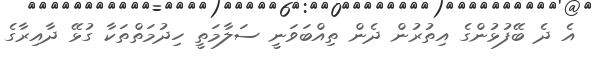
އެ ދެ ބޭފުޅުންގެ އިތުރުން ދެން ތިއްބަވަނީ ސަލާމަތީ ހިދުމަތްތަކާ ގުޅޭ ދާއިރާގެ